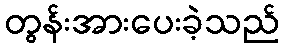
တွန်းအားပေးခဲ့သည်